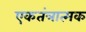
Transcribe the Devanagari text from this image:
एकतंत्रात्मक